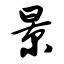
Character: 景